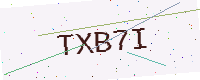
Text: TXB7I